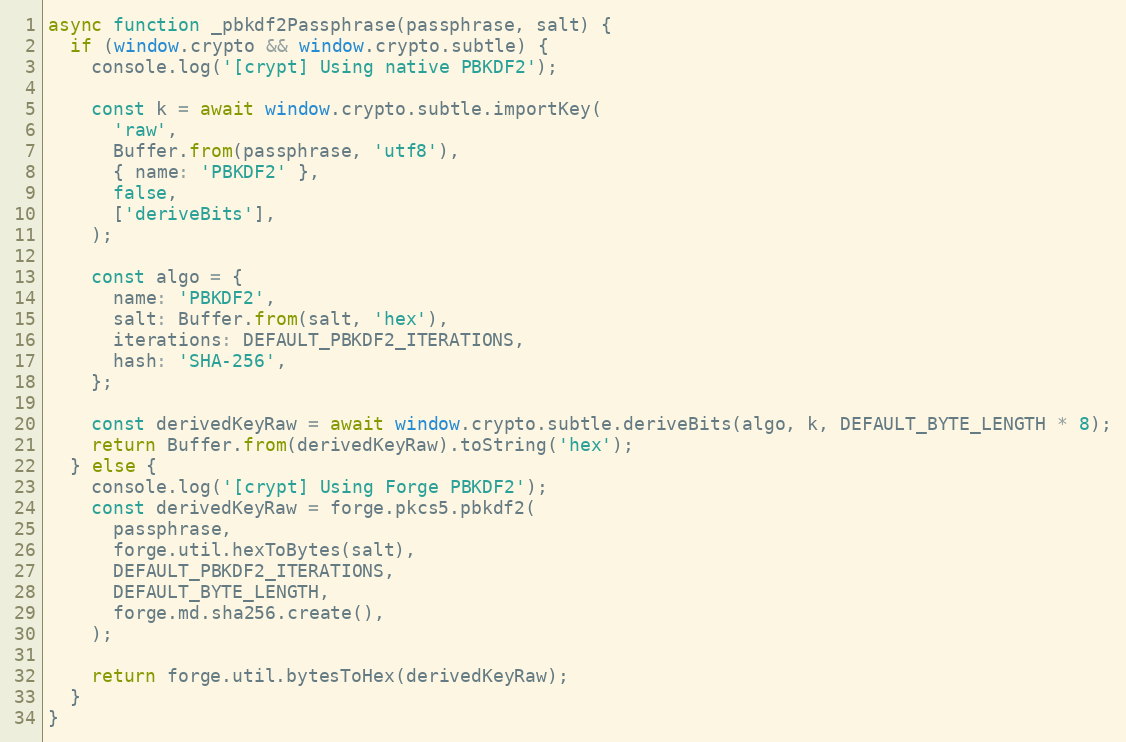
Language: JavaScript
async function _pbkdf2Passphrase(passphrase, salt) {
  if (window.crypto && window.crypto.subtle) {
    console.log('[crypt] Using native PBKDF2');

    const k = await window.crypto.subtle.importKey(
      'raw',
      Buffer.from(passphrase, 'utf8'),
      { name: 'PBKDF2' },
      false,
      ['deriveBits'],
    );

    const algo = {
      name: 'PBKDF2',
      salt: Buffer.from(salt, 'hex'),
      iterations: DEFAULT_PBKDF2_ITERATIONS,
      hash: 'SHA-256',
    };

    const derivedKeyRaw = await window.crypto.subtle.deriveBits(algo, k, DEFAULT_BYTE_LENGTH * 8);
    return Buffer.from(derivedKeyRaw).toString('hex');
  } else {
    console.log('[crypt] Using Forge PBKDF2');
    const derivedKeyRaw = forge.pkcs5.pbkdf2(
      passphrase,
      forge.util.hexToBytes(salt),
      DEFAULT_PBKDF2_ITERATIONS,
      DEFAULT_BYTE_LENGTH,
      forge.md.sha256.create(),
    );

    return forge.util.bytesToHex(derivedKeyRaw);
  }
}